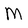
Character: m